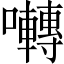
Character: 囀